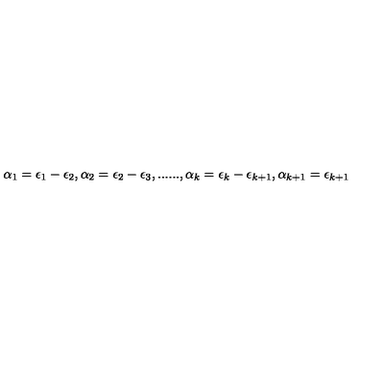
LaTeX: \alpha _ { 1 } = \epsilon _ { 1 } - \epsilon _ { 2 } , \alpha _ { 2 } = \epsilon _ { 2 } - \epsilon _ { 3 } , . . . . . . , \alpha _ { k } = \epsilon _ { k } - \epsilon _ { k + 1 } , \alpha _ { k + 1 } = \epsilon _ { k + 1 }